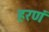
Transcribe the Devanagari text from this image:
हरणं